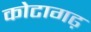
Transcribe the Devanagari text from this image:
कोटागढ़